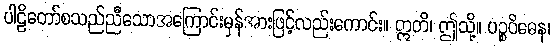
ပါဠိတော်စသည်ညီသောအကြောင်းမှန်အားဖြင့်လည်းကောင်း။ ဣတိ၊ ဤသို့။ ပဉ္စဝိဓေန၊